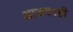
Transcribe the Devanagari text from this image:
आजवरही